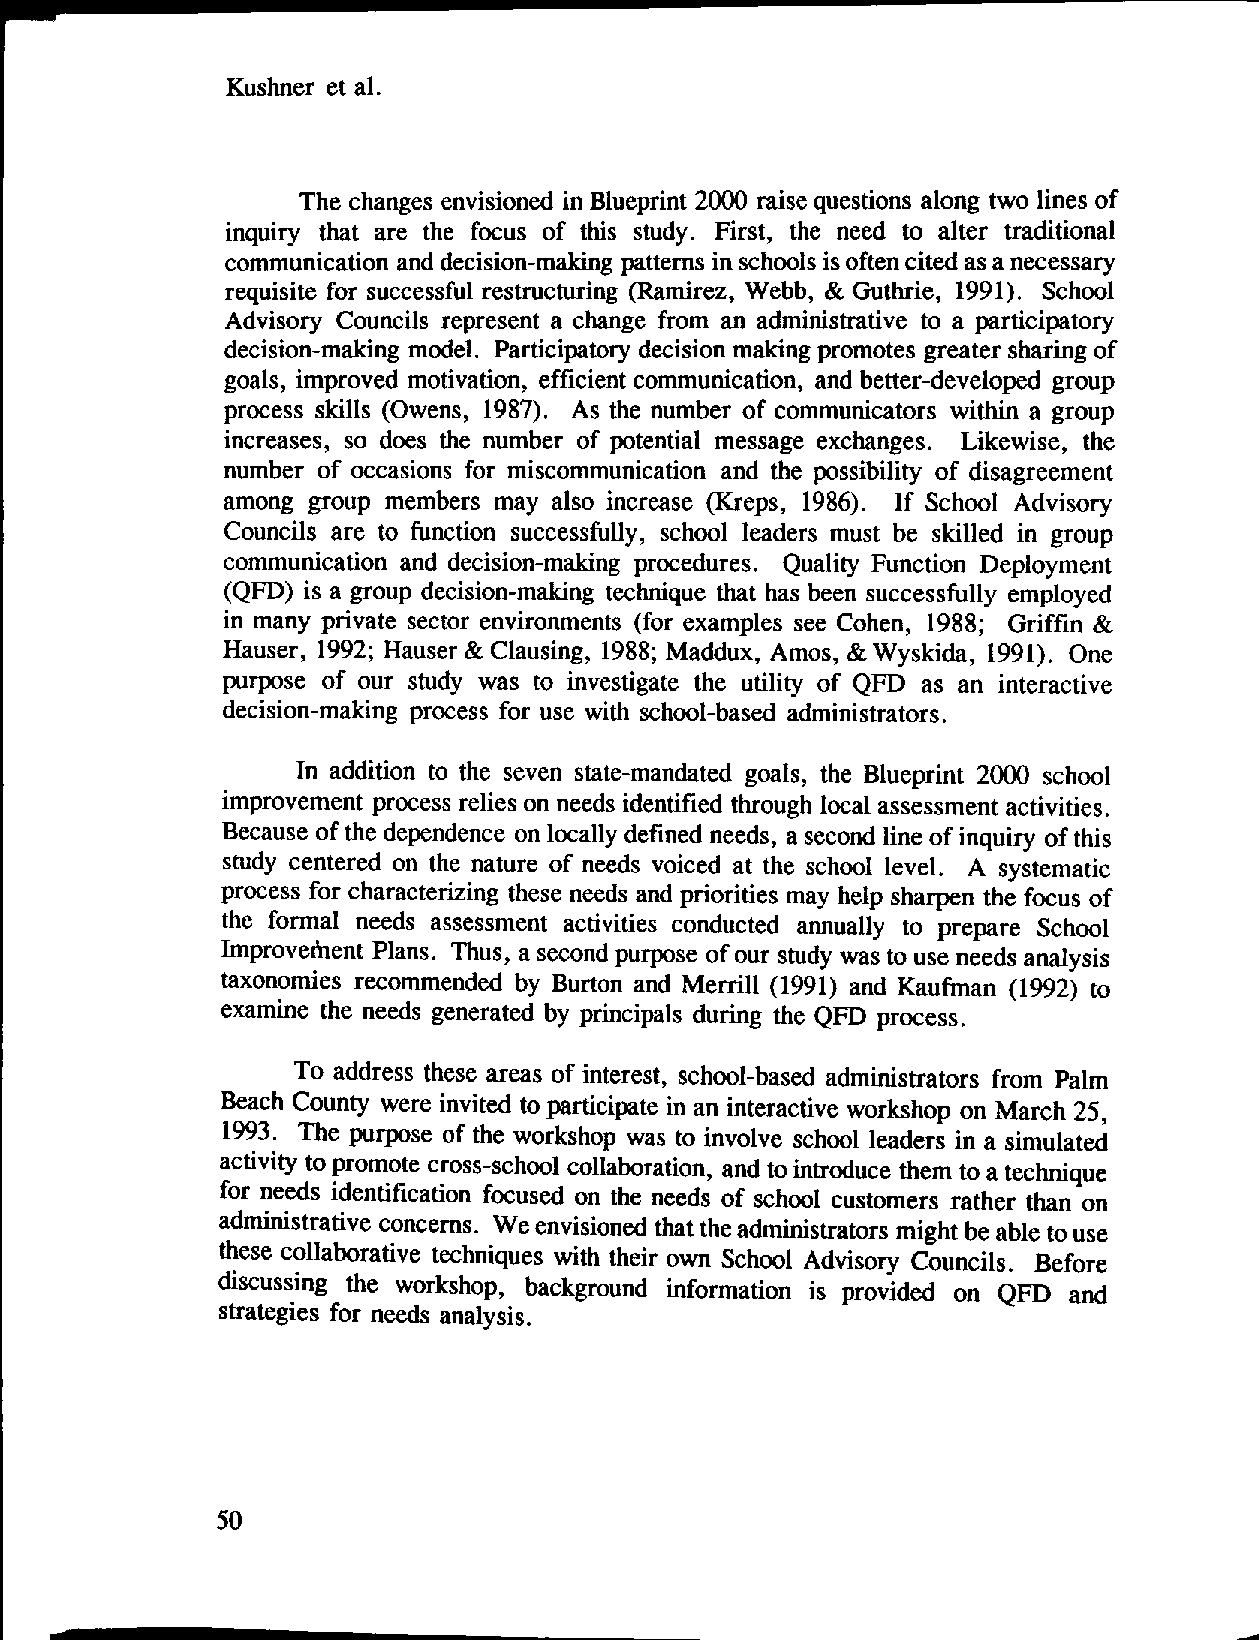
Kushner et al.
 The changes envisioned in Blueprint 2000 raise questions along two lines of
 inquiry that are the focus of this study. First, the need to alter traditional
 communication and decision-making patterns in schools is often cited as a necessary
 requisite for successful restructuring (Ramirez, Webb, & Guthrie, 1991). School
 Advisory Councils represent a change from an administrative to a participatory
 decision-making model. Participatory decision making promotes greater sharing of
 goals, improved motivation, efficient communication, and better-developed group
 process skills (Owens, 1987). As the number of communicators within a group
 increases, so does the number of potential message exchanges. Likewise, the
 number of occasions for miscommunication and the possibility of disagreement
 among group members may also increase (Kreps, 1986). If School Advisory
 Councils are to function successfully, school leaders must be skilled in group
 communication and decision-making procedures. Quality Function Deployment
 (QFD) is a group decision-making technique that has been successfully employed
 in many private sector environments (for examples see Cohen, 1988; Griffin &
 Hauser, 1992; Hauser & Clausing, 1988; Maddux, Amos, &Wyskida, 1991). One
 purpose of our study was to investigate the utility of QFD as an interactive
 decision-making process for use with school-based administrators.
 In addition to the seven state-mandated goals, the Blueprint 2000 school
 improvement process relies on needs identified through local assessment activities.
 Because of the dependence on locally defined needs, a second line of inquiry of this
 study centered on the nature of needs voiced at the school level. A systematic
 process for characterizing these needs and priorities may help sharpen the focus of
 the formal needs assessment activities conducted annually to prepare School
 Improvement Plans. Thus, a second purpose of our study was to use needs analysis
 taxonomies recommended by Burton and Merrill (1991) and Kaufman (1992) to
 examine the needs generated by principals during the QFD process.
 To address these areas of interest, school-based administrators from Palm
 Beach County were invited to participate in an interactive workshop on March 25,
 1993. The purpose of the workshop was to involve school leaders in a simulated
 activity to promote cross-school collaboration, and tointroduce them to a technique
 for needs identification focused on the needs of school customers rather than on
 administrative concerns. We envisioned that the administrators might be able touse
 these collaborative techniques with their own School Advisory Councils. Before
 discussing the workshop, background information is provided on QFD and
 strategies for needs analysis.
 50